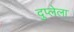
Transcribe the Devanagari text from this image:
दुप्लेला